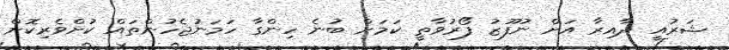
ޝަރުއީ ދާއިރާ އަށް ނުފޫޒު ފޯރުވާތީ ކަމަށް ބުނެ ހިންގާ ހަމަނުޖެހުންތައް ކުށްވެރިކޮށް